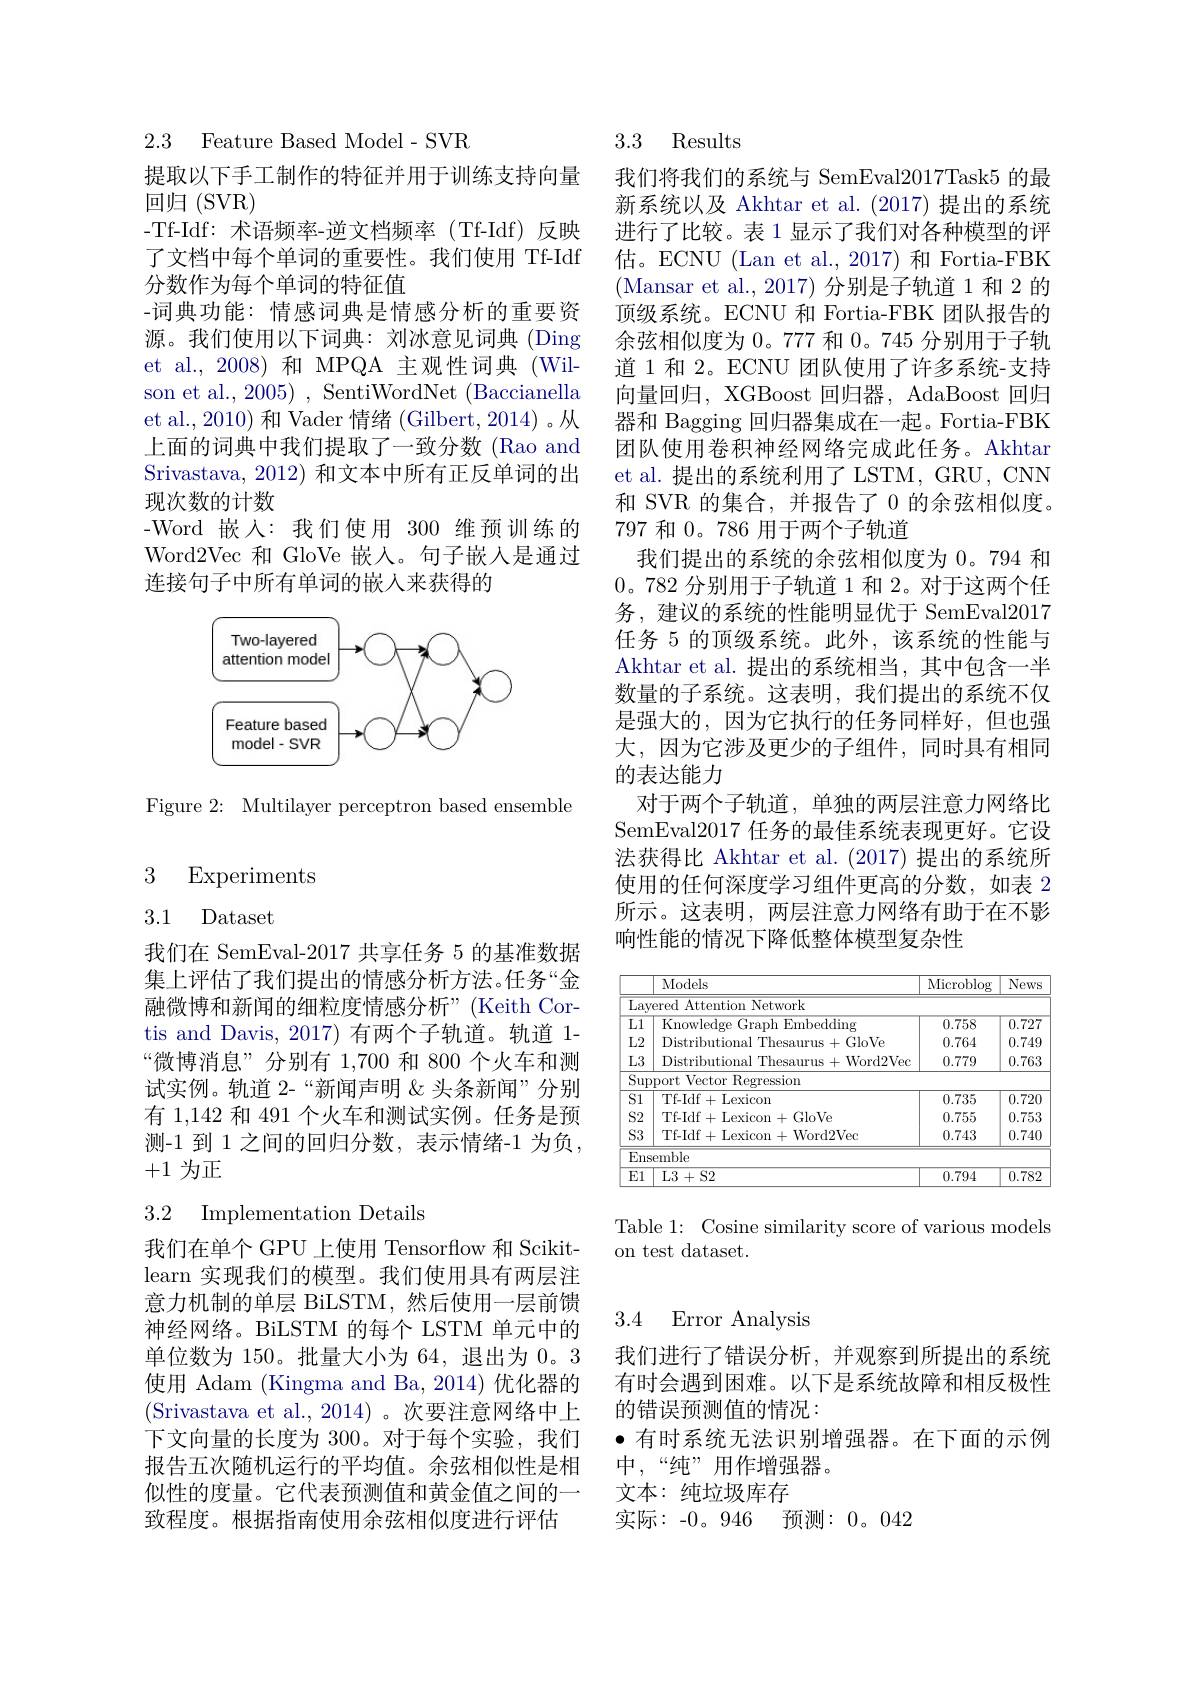
2.3 Feature Based Model- SVR

提取以下手工制作的特征并用于训练支持向量
回归(SVR)
-Tf-Idf: 术语频率-逆文档频率(Tf-Idf)反映了文档中每个单词的重要性。我们使用 Tf-Idf 分数作为每个单词的特征值
-词典功能：情感词典是情感分析的重要资源。我们使用以下词典：刘冰意见词典 (Ding et al., 2008) 和 MPQA 主观性词典 (Wilson et al., 2005) , SentiWordNet (Baccianella et al., 2010) 和 Vader 情绪 (Gilbert, 2014) 。从上面的词典中我们提取了一致分数(Rao and Srivastava, 2012) 和文本中所有正反单词的出现次数的计数
-Word 嵌入：我们使用 300 维预训练的Word2Vec 和 GloVe 嵌人。句子嵌入是通过连接句子中所有单词的嵌人来获得的

<FigureHere>

Figure 2: Multilayer perceptron based ensemble

3 Experiments

## 3.1 Dataset

我们在 SemEval-2017 共享任务 5 的基准数据集上评估了我们提出的情感分析方法。任务“金融微博和新闻的细粒度情感分析”(Keith Cortis and Davis, 2017) 有两个子轨道。轨道 1- “微博消息”分别有 1,700 和 800 个火车和测试实例。轨道 2-“新闻声明《头条新闻”分别有 1,142 和 491 个火车和测试实例。任务是预测-1 到 1 之间的回归分数，表示情绪-1 为负， +1为正

## 3.2 Implementation Details

我们在单个 GPU 上使用 Tensorflow 和 Scikitlearn 实现我们的模型。我们使用具有两层注意力机制的单层 BiLSTM,然后使用一层前馈神经网络。BiLSTM 的每个 LSTM 单元中的单位数为 150。批量大小为 64, 退出为0。3使用 Adam (Kingma and Ba,2014)优化器的(Srivastava et al., 2014)。次要注意网络中上下文向量的长度为 300。对于每个实验，我们报告五次随机运行的平均值。余弦相似性是相似性的度量。它代表预测值和黄金值之间的一致程度。根据指南使用余弦相似度进行评估

3.3 Results

我们将我们的系统与 SemEval2017Task5 的最新系统以及 Akhtar et al. (2017) 提出的系统进行了比较。表 1 显示了我们对各种模型的评估。ECNU (Lan et al., 2017) 和 Fortia-FBK (Mansar et al.,2017)分别是子轨道 1 和 2 的顶级系统。ECNU 和 Fortia-FBK 团队报告的余弦相似度为0。777 和0。745 分别用于子轨道 1 和 2。ECNU 团队使用了许多系统-支持向量回归，XGBoost 回归器，AdaBoost 回归器和 Bagging 回归器集成在一起。Fortia-FBK 团队使用卷积神经网络完成此任务。Akhtan et al. 提出的系统利用了 LSTM, GRU, CNN 和 SVR 的集合，并报告了0的余弦相似度。797 和 0。786 用于两个子轨道
我们提出的系统的余弦相似度为 0。794 和0。782分别用于子轨道 1 和 2。对于这两个任务，建议的系统的性能明显优于 SemEval2017任务 5 的顶级系统。此外，该系统的性能与Akhtar et al. 提出的系统相当，其中包含一半数量的子系统。这表明，我们提出的系统不仅是强大的，因为它执行的任务同样好，但也强大，因为它涉及更少的子组件，同时具有相同的表达能力
对于两个子轨道，单独的两层注意力网络比SemEval2017 任务的最佳系统表现更好。它设法获得比 Akhtar et al. (2017) 提出的系统所使用的任何深度学习组件更高的分数，如表 2所示。这表明，两层注意力网络有助于在不影响性能的情况下降低整体模型复杂性

<table>
	<tbody>
		<tr>
			<th> </th>
			<th>Models</th>
			<th>Microblog</th>
			<th>News</th>
		</tr>
		<tr>
			<td>$\overline{\mathrm{Lay}}$</td>
			<td>ered Attention Network</td>
			<td> </td>
			<td> </td>
		</tr>
		<tr>
			<td>$\overline{\text{L}1}$</td>
			<td>Knowledge Graph Embedding</td>
			<td>0.758</td>
			<td>0.727</td>
		</tr>
		<tr>
			<td>$L2$</td>
			<td>Distributional Thesaurus+GloVe</td>
			<td>0.764</td>
			<td>0.749</td>
		</tr>
		<tr>
			<td>$L3$</td>
			<td>Distributional Thesaurus+Word2Vec</td>
			<td>0.779</td>
			<td>0.763</td>
		</tr>
		<tr>
			<td>$\overline{\mathrm{Sup}}$</td>
			<td>port Vector Regression</td>
			<td> </td>
			<td> </td>
		</tr>
		<tr>
			<td>$\overline{\text{S}1}$</td>
			<td>Tf- Idf+Lexicon</td>
			<td>0.735</td>
			<td>0.720</td>
		</tr>
		<tr>
			<td>$S2$</td>
			<td>Tf-Idf+Lexicon+GloVe</td>
			<td>0.755</td>
			<td>0.753</td>
		</tr>
		<tr>
			<td>$S3$</td>
			<td>Tf-Idf+Lexicon+Word2Vec</td>
			<td>0.743</td>
			<td>0.740</td>
		</tr>
		<tr>
			<td>$\overline{\mathrm{Ens}}$ 1</td>
			<td>$\overline{\text{emble}}$</td>
			<td> </td>
			<td> </td>
		</tr>
		<tr>
			<td>$\overline{\text{E}1}$</td>
			<td>$\overline{\mathrm{L3}+\mathrm{S2}}$</td>
			<td>0.794</td>
			<td>0.782</td>
		</tr>
	</tbody>
</table>

Table 1: Cosine similarity score of various models
on test dataset.

### 3.4 Error Analysis

我们进行了错误分析，并观察到所提出的系统有时会遇到困难。以下是系统故障和相反极性的错误预测值的情况：
·有时系统无法识别增强器。在下面的示例
中，“纯”用作增强器。
文本：纯垃圾库存
实际：-0。946 预测：0。042